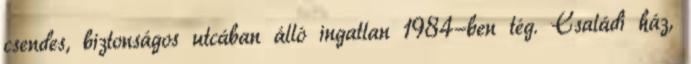
csendes, biztonságos utcában álló ingatlan 1984-ben tég. Családi ház,